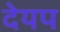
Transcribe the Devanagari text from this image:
देयप